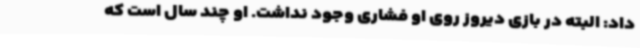
داد: البته در بازی دیروز روی او فشاری وجود نداشت. او چند سال است که